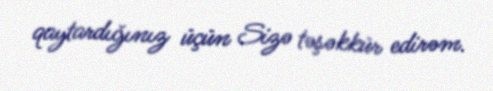
qaytardığınız üçün Sizə təşəkkür edirəm.